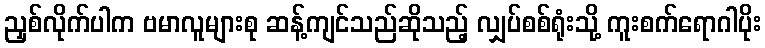
ညှစ်လိုက်ပါက ဗမာလူများစု ဆန့်ကျင်သည်ဆိုသည့် လျှပ်စစ်ရုံးသို့ ကူးစက်ရောဂါပိုး